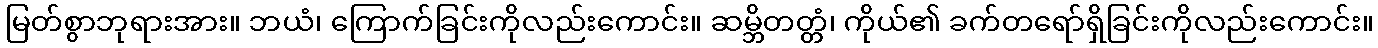
မြတ်စွာဘုရားအား။ ဘယံ၊ ကြောက်ခြင်းကိုလည်းကောင်း။ ဆမ္ဘိတတ္တံ၊ ကိုယ်၏ ခက်တရော်ရှိခြင်းကိုလည်းကောင်း။